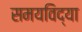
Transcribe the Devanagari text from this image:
समयविद्या